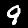
Digit: 9